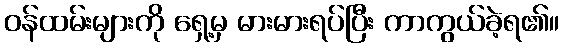
ဝန်ထမ်းများကို ရှေ့မှ မားမားရပ်ပြီး ကာကွယ်ခဲ့ရ၏။